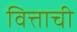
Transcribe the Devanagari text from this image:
वित्ताची